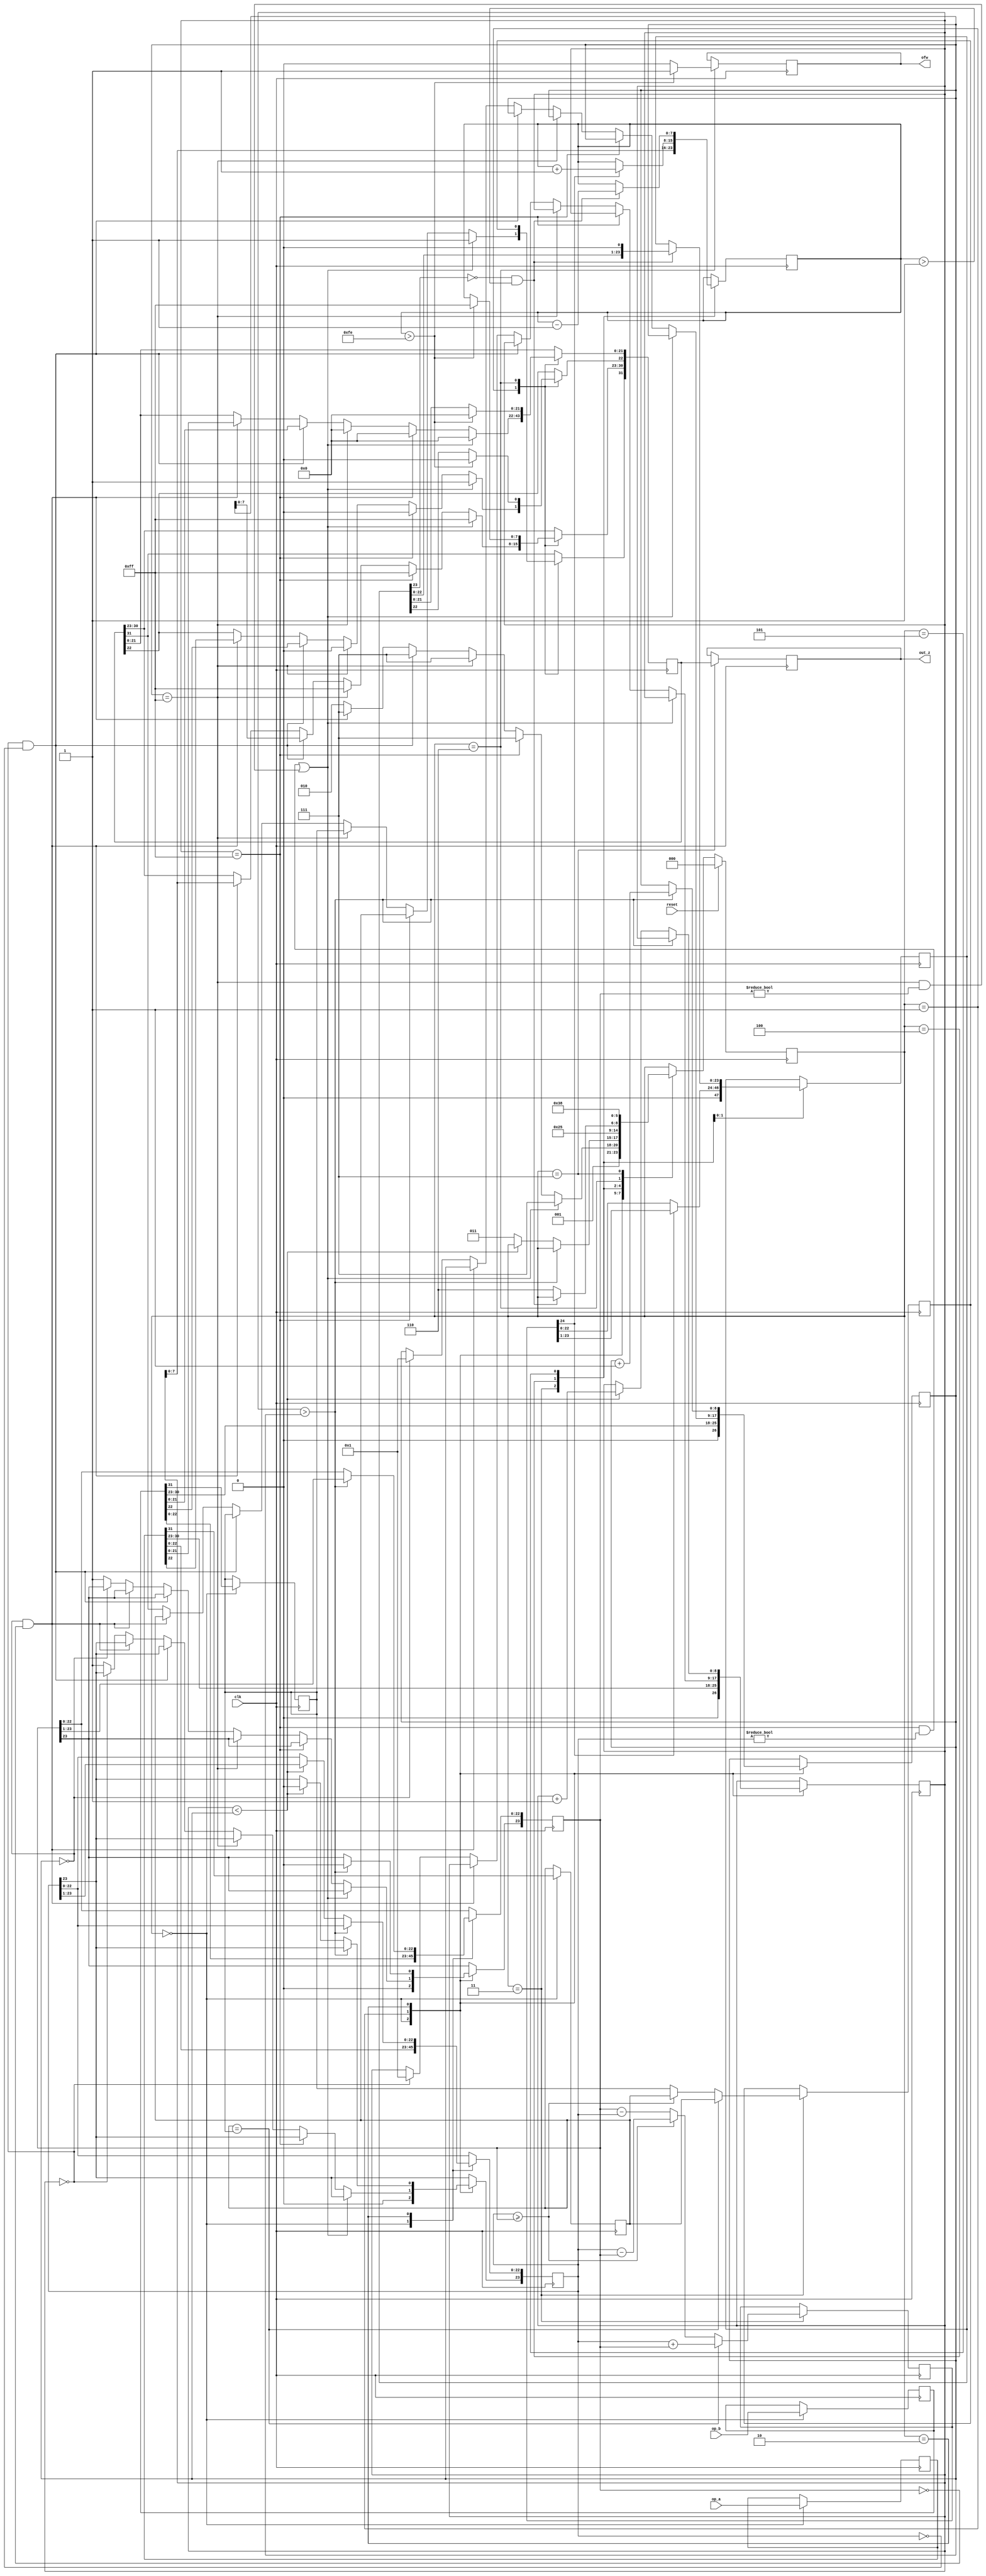
module FloatAdder(clk, reset, op_a,op_b,out_z,ofw);
	
    /*ports defination*/
	input clk,reset;
	input [31:0] op_a,op_b;    //input operands
    output [31:0] out_z;       //the result
    reg [31:0] s_out_z;
    output ofw;                //overflow
	reg s_ofw;

    reg [31:0] a,b,z;
    reg [23:0] a_m, b_m;       //mantissa
    reg [23:0] z_m;
    reg [8:0] a_e,b_e;         //exponent
    reg [7:0] z_e;
    reg a_s,b_s,z_s;            //sign 

    reg [24:0] sum;

    /*define of state*/
    reg [2:0] state; 
    parameter start = 3'b000,          //extract sign, exponent,mantissa
              special_cases=3'b001,    //deal special cases
              align = 3'b010,          //shift exponent
              add_m = 3'b011,          //add mantissa
              ck_m_ofw = 3'b100,       //check overflow of mantissa
              normalise =3'b101,       //normalise the format
              pack = 3'b110,           //pack z
              put_z = 3'b111;          // set output

    /*main*/
    always @(posedge clk)
    begin
        case(state)
            start:
            begin
                a <= op_a;
                b <= op_b;
                a_s <= a[31];
                a_e <= a[30:23];
                a_m <= a[22:0];
                b_e <= b[30:23];
                b_s <= b[31];
                b_m <= b[22:0];
                state <= special_cases;
            end

            special_cases:
            begin 
                //if a is NaN or b is NaN return NaN
                if((a_e == 255 && a_m != 0)||(b_e == 255 && b_m != 0))
                begin 
                    z[31] <= 1;
                    z[30:23] <= 255;
                    z[22] <= 1;
                    z[21:0] <= 0;
                    state <= put_z;
                end 
                // if a is infinity return infinity
                else if(a_e == 255)
                begin
                    z[31] <= a_s;
                    z[30:23] <= 255;
                    z[22:0] <= 0;
                    state <=put_z;
                end
                //if b is infinity return infinity
                else if(b_e == 255)
                begin 
                    z[31] <= b_s;
                    z[30:23] <= 255;
                    z[22:0] <= 0;
                    state <= put_z;
                end
                //if a is zero return b
                else if((a_e == 0)&&(a_m == 0))
                begin 
                    z[31] <= b_s;
                    z[30:23] <= b_e;
                    z[22:0] <= b[22:0];
                    state <= put_z;
                end
                //if b is zero return a
                else if((b_e == 0) && (b_m == 0))
                begin 
                    z[31] <= a_s;
                    z[30:23] <= a_e;
                    z[22:0] <= a[22:0];
                    state <= put_z;
                end 
                else
                begin
                    // denormalised number 
                    if(a_e == 0) 
                    begin 
                        a_e <= 1;
                    end 
                    else 
                    begin 
                        a_m[23] <= 1;
                    end
                    // denormalised number
                    if(b_e == 0)
                    begin 
                        b_e <= 1;
                    end 
                    else
                    begin
                        b_m[23] <= 1;
                    end
                    state <= align;
                end
            end

            align:
            begin
                if(a_e > b_e)
                begin
                    b_e <= b_e + 1;
                    b_m <= b_m >> 1;
                end
                else if(a_e < b_e)
                begin
                    a_e <= a_e + 1;
                    a_m <= a_m >> 1;
                end
                else
                begin
                    state <= add_m;
                end
            end

            add_m:
            begin
                z_e <= a_e;
                if(a_s == b_s)
                begin
                    sum <= a_m + b_m;
                    z_s <= a_s;
                end
                else 
                begin
                    if(a_m >= b_m)
                    begin
                        sum <= a_m - b_m;
                        z_s <= a_s;
                    end
                    else
                    begin
                        sum <= b_m - a_m;
                        z_s <= b_s;
                    end
                end
                state <= ck_m_ofw;
            end

            ck_m_ofw:
            begin
                if(sum[24])
                begin
                    z_m <= sum[23:1];
                    z_e <= z_e + 1;
                end
                else 
                begin
                    z_m <= sum[22:0];
                end
                state <= normalise;
            end

            normalise:
            begin
                if(z_m[23] == 0 && z_e > 1)
                begin
                    z_e <= z_e -1;
                    z_m <= z_m << 1;
                end
                else 
                begin
                    state <= pack;
                end
            end

            pack:
            begin
                //if overflow occurs, return inf
                if(z_e > 254)
                begin
                    z[22:0] <= 0;
                    z[30:23] <= 255;
                    z[31] <= z_s;
                    s_ofw <= 1;
                end
                else
                begin
                    z[22:0] <= z_m[22:0];
                    z[30:23] <= z_e;
                    z[31] <= z_s;
                    s_ofw <= 0;
                end
                state <= put_z;
            end

            put_z:
            begin 
                s_out_z <= z;
                state <= start;
            end
			
			default:
			begin
				state <= start;
			end
        endcase

        if (reset == 1) 
        begin 
            state <= start;
        end
     end
	assign out_z = s_out_z;
	assign ofw = s_ofw;   
endmodule